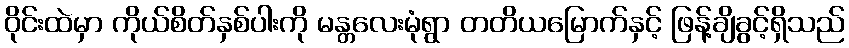
ဝိုင်းထဲမှာ ကိုယ်စိတ်နှစ်ပါးကို မန္တလေးမုံရွာ တတိယမြောက်နှင့် ဖြန့်ချိခွင့်ရှိသည်